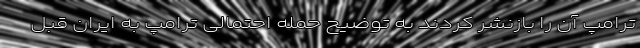
ترامپ آن را بازنشر کردند به توضیح حمله احتمالی ترامپ به ایران قبل